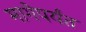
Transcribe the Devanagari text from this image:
मागेपर्यंत